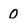
Character: 0